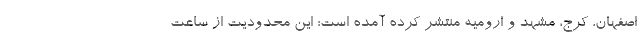
اصفهان، کرج، مشهد و ارومیه منتشر کرده آمده است: این محدودیت از ساعت